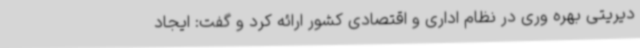
دیریتی بهره وری در نظام اداری و اقتصادی کشور ارائه کرد و گفت: ایجاد